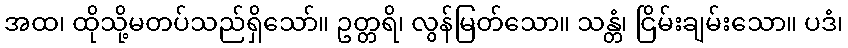
အထ၊ ထိုသို့မတပ်သည်ရှိသော်။ ဥတ္တရိ၊ လွန်မြတ်သော။ သန္တံ၊ ငြိမ်းချမ်းသော။ ပဒံ၊